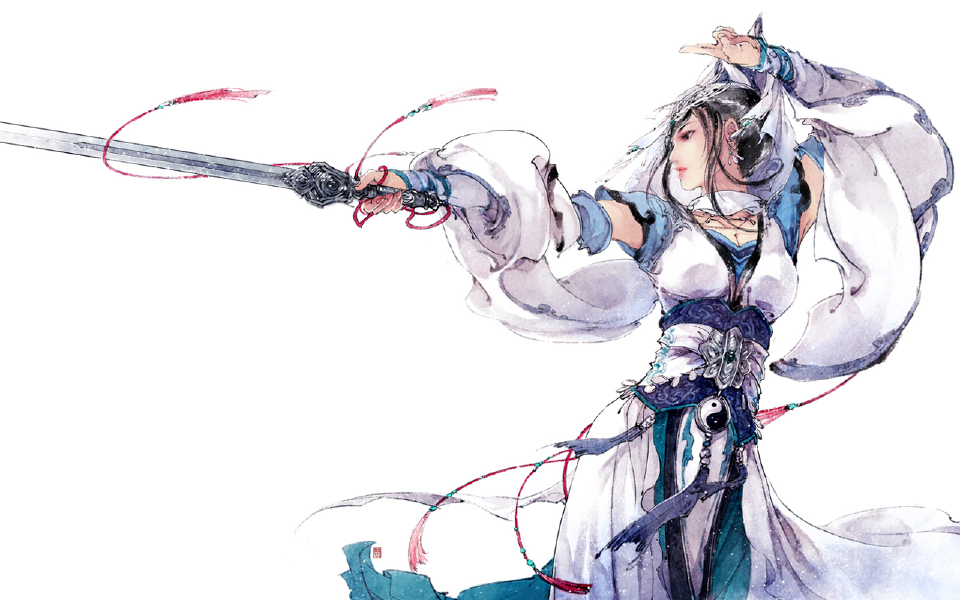
军中宜剑舞，塞上重笳音。